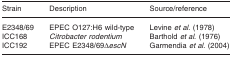
<table><thead><tr><td><b>Strain</b></td><td><b>Description</b></td><td><b>Source/reference</b></td></tr></thead><tbody><tr><td>E2348/69</td><td>EPEC O127:H6 wild-type</td><td>Levine <i>et al</i>. (1978)</td></tr><tr><td>ICC168</td><td><i>Citrobacter rodentium</i></td><td>Barthold <i>et al</i>. (1976)</td></tr><tr><td>ICC192</td><td>EPEC E2348/69Δ<i>escN</i></td><td>Garmendia <i>et al</i>. (2004)</td></tr></tbody></table>